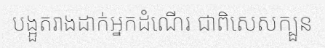
បង្អួតរាងដាក់អ្នកដំណើរ ជាពិសេសក្បួន